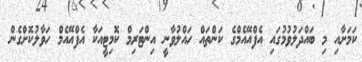
ކަމަށާއި މި ބައްދަލުވުމުގައި އެފްއޭއެމްގެ ކަންތައް ހައްލުވާނީ އިންޓަރިމް ކޮމިޓީއަކާ އެފްއޭއެމް ހަވާލުކޮށްގެން